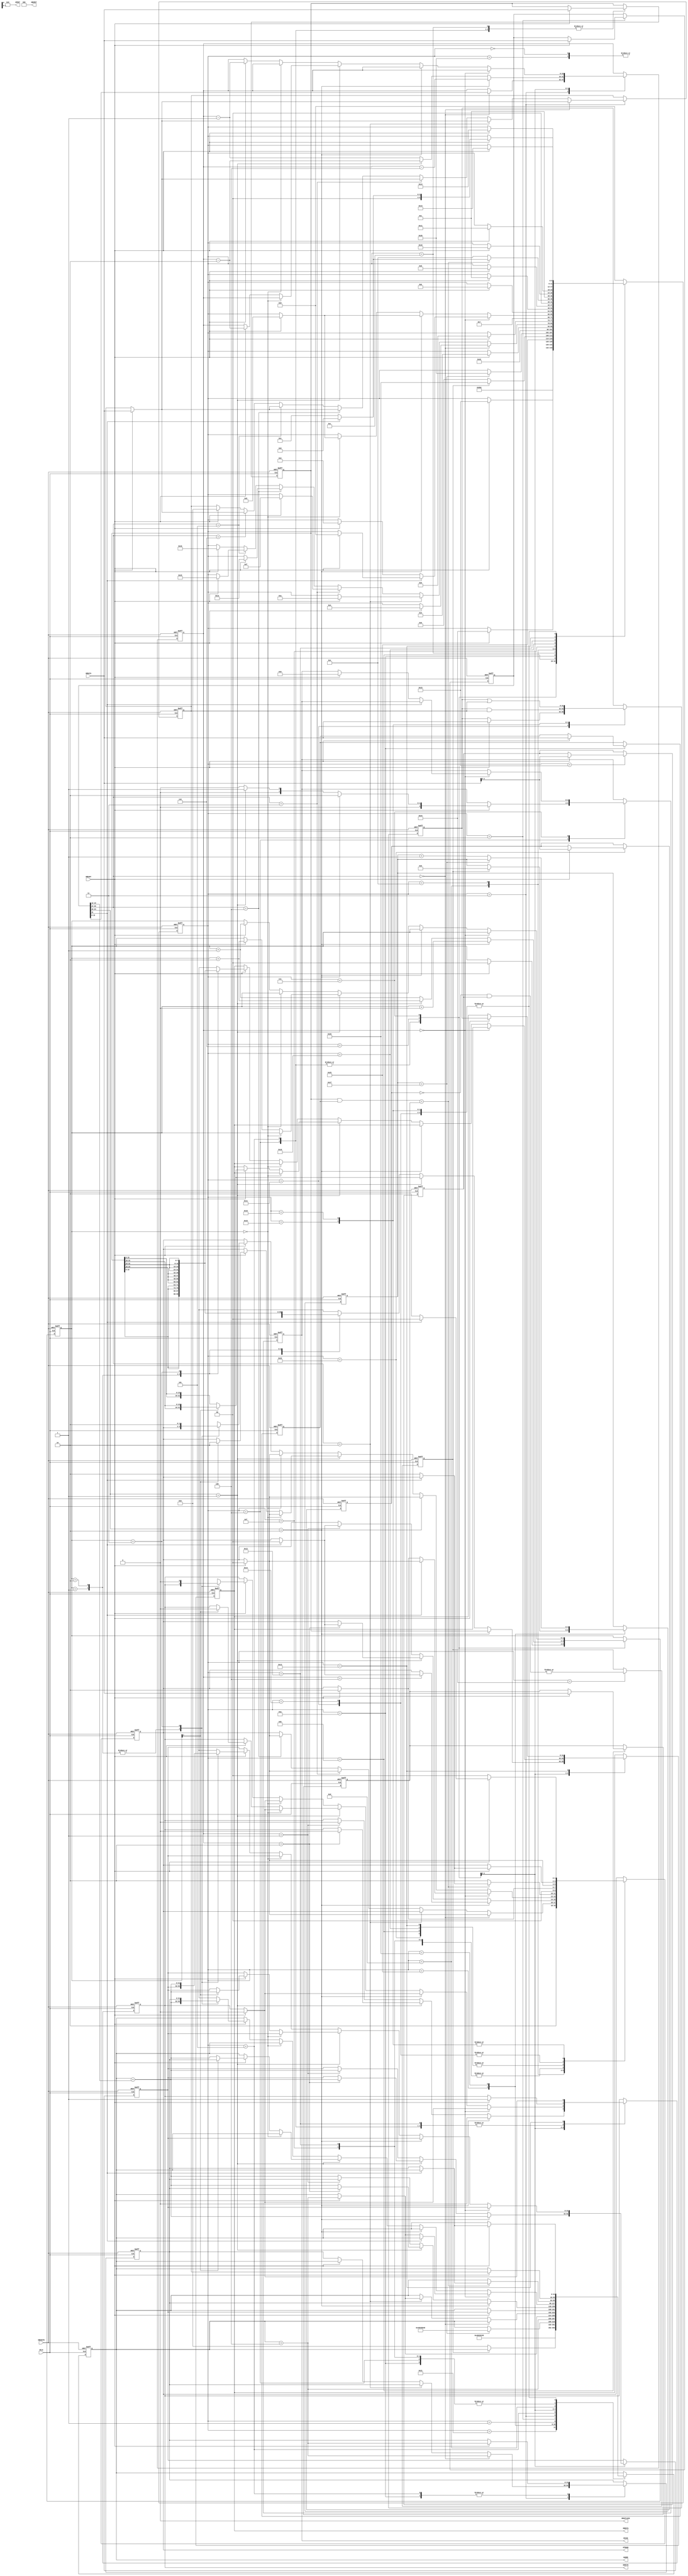
// ***********************************************************************/
// Microsemi Corporation Proprietary and Confidential
// Copyright 2013 Microsemi Corporation.  All rights reserved.
//
// ANY USE OR REDISTRIBUTION IN PART OR IN WHOLE MUST BE HANDLED IN
// ACCORDANCE WITH THE ACTEL LICENSE AGREEMENT AND MUST BE APPROVED
// IN ADVANCE IN WRITING.
//
// Description:	Control state machine for mastering peripheral
//              configuration from fabric.
//              AHB-Lite master used to read config instructions/data
//              (typically from eNVM) and write the data to peripherals
//              via FIC_0 -> MSS -> FIC_2.
//
//
// SVN Revision Information:
// SVN $Revision: 22399 $
// SVN $Date: 2014-04-19 21:44:50 +0100 (Sat, 19 Apr 2014) $
//
// Notes:
//
// ***********************************************************************/

module CoreConfigMaster (
    input                   HCLK,
    input                   HRESETN,
    // AHB-Lite master interface
    output  reg     [31:0]  HADDR,
    output  reg      [2:0]  HSIZE,
    output  reg      [1:0]  HTRANS,
    output  reg             HWRITE,
    output  reg     [31:0]  HWDATA,
    output  wire            HMASTLOCK,
    output  wire     [2:0]  HBURST,
    output  wire     [3:0]  HPROT,
    input                   HREADY,
    input           [31:0]  HRDATA
    );

    parameter DATA_LOCATION = 0;

    parameter ADDR_SYSREG_SOFT_RESET = 32'h40038048;
    parameter ADDR_SYSREG_ENVM_BUSY  = 32'h40038158;

    // State names
    parameter S0  =  0;
    parameter S1  =  1;
    parameter S2  =  2;
    parameter S3  =  3;
    parameter S4  =  4;
    parameter S5  =  5;
    parameter S6  =  6;
    parameter S7  =  7;
    parameter S8  =  8;
    parameter S9  =  9;
    parameter S10 = 10;
    parameter S11 = 11;
    parameter S12 = 12;
    parameter S13 = 13;
    parameter S14 = 14;
    parameter S15 = 15;
    parameter S16 = 16;
    parameter S17 = 17;
    parameter S18 = 18;
    parameter S19 = 19;
    parameter S20 = 20;
    parameter S21 = 21;
    parameter S22 = 22;

    parameter P0  = 32;
    parameter P1  = 33;
    parameter P2  = 34;
    parameter P3  = 35;
    parameter P4  = 36;
    parameter P5  = 37;
    parameter P6  = 38;


    // Operation codes
    parameter [6:0] OP_COPY     = 7'b0000000;
    //                            7'b0000001;
    parameter [6:0] OP_POLL     = 7'b0000010;
    parameter [6:0] OP_LOAD     = 7'b0000011;
    parameter [6:0] OP_STORE    = 7'b0000100;
    parameter [6:0] OP_AND      = 7'b0000101;
    parameter [6:0] OP_OR       = 7'b0000110;


    reg [5:0]   state;
    reg [31:0]  haddr_fetch;
    reg [31:0]  haddr_write;
    reg [31:0]  ins1;
    reg [31:0]  ins2;
    reg         last;
    reg [6:0]   opcode;
    reg [3:0]   size;
    reg [3:0]   addrinc;
    reg [15:0]  numbytes;
    reg [31:0]  addr;
    reg [31:0]  rdata;
    reg [15:0]  bytecount;
    reg [1:0]   count;
    reg [31:0]  mask;
    reg [31:0]  expected;
    reg [1:0]   envm_soft_reset;
    reg [1:0]   envm_busy;
    reg         busy;
    reg [4:0]   pause_count;
    reg [31:0]  acc;

    reg [5:0]   d_state;
    reg [31:0]  d_HADDR;
    reg [31:0]  d_haddr_fetch;
    reg [31:0]  d_haddr_write;
    reg [2:0]   d_HSIZE;
    reg [1:0]   d_HTRANS;
    reg         d_HWRITE;
    reg [31:0]  d_HWDATA;
    reg [31:0]  d_ins1;
    reg [31:0]  d_ins2;
    reg [31:0]  d_rdata;
    reg [15:0]  d_bytecount;
    reg [1:0]   d_count;
    reg [31:0]  d_mask;
    reg [31:0]  d_expected;
    reg [1:0]   d_envm_soft_reset;
    reg [1:0]   d_envm_busy;
    reg         d_busy;
    reg [4:0]   d_pause_count;
    reg [31:0]  d_acc;

    //---------------------------------------------------------------------
    // Signal tie-offs
    //---------------------------------------------------------------------
    assign HMASTLOCK = 1'b0;
    assign HBURST    = 3'b0;
    assign HPROT     = 4'b0;

    //---------------------------------------------------------------------
    // Main state machine
    //---------------------------------------------------------------------
    always @(*)
    begin
        d_state = state;
        d_HADDR = HADDR;
        d_haddr_fetch = haddr_fetch;
        d_haddr_write = haddr_write;
        d_HSIZE = HSIZE;
        d_HTRANS = HTRANS;
        d_HWRITE = HWRITE;
        d_HWDATA = HWDATA;
        d_ins1 = ins1;
        d_ins2 = ins2;
        d_bytecount = bytecount;
        d_count = count;
        d_rdata = rdata;
        d_mask = mask;
        d_expected = expected;
        d_envm_soft_reset = envm_soft_reset;
        d_envm_busy = envm_busy;
        d_busy = busy;
        d_pause_count = pause_count;
        d_acc = acc;
        case (state)
            //-------------------------------------------------------------
            // First check that eNVM is ready to be read (i.e. not busy)
            //-------------------------------------------------------------
            P0:
            begin
                d_state = P1;
                d_HTRANS = 2'b10;
            end
            P1:
            begin
                d_HADDR = ADDR_SYSREG_ENVM_BUSY;
                d_state = P2;
            end
            P2:
            begin
                if (HREADY)
                begin
                    d_envm_soft_reset = HRDATA[1:0];
                    d_HTRANS = 2'b00;
                    d_state = P3;
                end
            end
            P3:
            begin
                if (HREADY)
                begin
                    d_envm_busy = HRDATA[1:0];
                    d_state = P4;
                end
            end
            P4:
            begin
                // envm_soft_reset bits are high if eNVM is being held in reset
                // envm_busy bits are high if eNVM is busy
                d_busy = |(~envm_soft_reset & envm_busy);
                d_state = P5;
            end
            P5:
            begin
                if (busy)
                begin
                    d_pause_count = 5'b00000;
                    d_state = P6;
                end
                else
                begin
                    d_HADDR = DATA_LOCATION;
                    d_state = S0;
                end
            end
            P6:
            begin
                if (pause_count == 5'b11111)
                begin
                    d_HADDR = ADDR_SYSREG_SOFT_RESET;
                    d_state = P0;
                end
                else
                begin
                    d_pause_count = pause_count + 1'b1;
                end
            end
            //-------------------------------------------------------------
            // Start reading from eNVM
            //-------------------------------------------------------------
            S0:
            begin
                d_state = S1;
                d_HTRANS = 2'b10;
            end
            S1:
            begin
                d_HADDR = HADDR + 4;
                d_state = S2;
            end
            S2:
            begin
                if (HREADY)
                begin
                    d_ins1 = HRDATA;
                    d_HADDR = HADDR + 4;
                    d_state = S3;
                end
            end
            S3:
            begin
                if (opcode == OP_COPY)
                begin
                    d_bytecount = numbytes;
                    d_haddr_fetch = HADDR + 4;
                    if (HREADY)
                    begin
                        d_ins2 = HRDATA;
                        d_HTRANS = 2'b00;
                        d_state = S4;
                    end
                end
                else if (opcode == OP_POLL) // poll
                begin
                    if (HREADY)
                    begin
                        d_ins2 = HRDATA;
                        d_HADDR = HADDR + 4;
                        d_state = S10;
                    end
                end
                else if (opcode == OP_LOAD) // load
                begin
                    if (HREADY)
                    begin
                        d_ins2 = HRDATA;
                        d_haddr_fetch = HADDR;
                        d_HTRANS = 2'b00;
                        d_state = S15;
                    end
                end
                else if (opcode == OP_STORE) // store
                begin
                    if (HREADY)
                    begin
                        d_ins2 = HRDATA;
                        d_haddr_fetch = HADDR;
                        d_HTRANS = 2'b00;
                        d_state = S18;
                    end
                end
                else if (opcode == OP_AND) // AND
                begin
                    if (HREADY)
                    begin
                        d_ins2 = HRDATA;
                        d_haddr_fetch = HADDR;
                        d_state = S21;
                    end
                end
                else if (opcode == OP_OR) // OR
                begin
                    if (HREADY)
                    begin
                        d_ins2 = HRDATA;
                        d_haddr_fetch = HADDR;
                        d_state = S22;
                    end
                end
                else // default to ORing acc with 0x00000000
                begin
                    if (HREADY)
                    begin
                        d_ins2 = 32'b0;
                        d_haddr_fetch = HADDR;
                        d_state = S22;
                    end
                end
            end
            //-------------------------------------------------------------
            // Copy
            //-------------------------------------------------------------
            S4:
            begin
                if (HREADY)
                begin
                    d_rdata = HRDATA;
                    d_HADDR = addr;
                    d_HTRANS = 2'b10;
                    d_HWRITE = 1'b1;
                    d_state = S6;
                    d_count = 2'b00;

                    if (size == 4'b0010)        // word
                    begin
                        d_HSIZE = 3'b010;
                    end
                    else if (size == 4'b0001)   // halfword
                    begin
                        d_HSIZE = 3'b001;
                    end
                    else                        // byte
                    begin
                        d_HSIZE = 3'b000;
                    end
                end
            end
            S5:
            begin
                if (HREADY)
                begin
                    d_rdata = HRDATA;
                    d_haddr_fetch = HADDR + 4;
                    d_HADDR = haddr_write;
                    d_HTRANS = 2'b10;
                    d_HWRITE = 1'b1;
                    d_state = S6;
                    d_count = 2'b00;
                end
            end
            S6:
            begin
                d_HADDR = HADDR + addrinc;
                d_state = S7;
                if (size == 4'b0010)        // word
                begin
                    d_bytecount = bytecount - 4;
                    d_count = count + 4;
                    d_HWDATA = rdata;
                    d_haddr_write = HADDR + addrinc;
                    d_HADDR = haddr_fetch;
                    d_HWRITE = 1'b0;
                    // Detect if there's only one write left to perform
                    if (bytecount == 4)
                    begin
                        if (last)
                        begin
                            d_HTRANS = 2'b00;
                        end
                    end
                end
                else if (size == 4'b0001)   // halfword
                begin
                    d_bytecount = bytecount - 2;
                    d_count = count + 2;
                    if (count[1])
                    begin
                        d_HWDATA = {rdata[31:16], rdata[31:16]};
                    end
                    else
                    begin
                        d_HWDATA = {rdata[15:0], rdata[15:0]};
                    end
                    // Detect if there's only one write left to perform
                    if (bytecount == 2)
                    begin
                        d_haddr_write = HADDR + addrinc;
                        d_HADDR = haddr_fetch;
                        d_HWRITE = 1'b0;
                        if (last)
                        begin
                            d_HTRANS = 2'b00;
                        end
                    end
                end
                else                        // byte
                begin
                    d_bytecount = bytecount - 1;
                    d_count = count + 1;
                    case (count[1:0])
                        2'b00: d_HWDATA = {rdata[ 7: 0],rdata[ 7: 0],rdata[ 7: 0],rdata[ 7: 0]};
                        2'b01: d_HWDATA = {rdata[15: 8],rdata[15: 8],rdata[15: 8],rdata[15: 8]};
                        2'b10: d_HWDATA = {rdata[23:16],rdata[23:16],rdata[23:16],rdata[23:16]};
                        2'b11: d_HWDATA = {rdata[31:24],rdata[31:24],rdata[31:24],rdata[31:24]};
                        default: d_HWDATA = rdata;
                    endcase
                    // Detect if there's only one write left to perform
                    if (bytecount == 1)
                    begin
                        d_haddr_write = HADDR + addrinc;
                        d_HADDR = haddr_fetch;
                        d_HWRITE = 1'b0;
                        if (last)
                        begin
                            d_HTRANS = 2'b00;
                        end
                    end
                end
            end
            S7:
            begin
                if (bytecount == 0)
                begin
                    if (last)
                    begin
                        if (HREADY)
                        begin
                            d_HWRITE = 1'b0;
                            d_HTRANS = 2'b00;
                            d_state = S9;
                        end
                    end
                    else // get next record
                    begin
                        if (HREADY)
                        begin
                            d_HADDR = HADDR + 4;
                            d_HSIZE = 3'b010;
                            d_HWRITE = 1'b0;
                            d_HTRANS = 2'b10;
                            d_state = S2;
                        end
                    end
                end
                else
                begin
                    if (size == 4'b0010)
                    begin
                        if (HREADY)
                        begin
                            d_state = S5;
                            d_HWRITE = 1'b0;
                            d_HTRANS = 2'b00;
                        end
                    end
                    else if (size == 4'b0001)
                    begin
                        if (count == 2'b00)
                        begin
                            if (HREADY)
                            begin
                                d_HWRITE = 1'b0;
                                d_HTRANS = 2'b00;
                                d_state = S5;
                            end
                        end
                        else
                        begin
                            if (HREADY)
                            begin
                                d_HADDR = HADDR + addrinc;
                                d_count = count + 2;
                                d_bytecount = bytecount - 2;
                                if (count[1])
                                begin
                                    d_HWDATA = {rdata[31:16], rdata[31:16]};
                                    d_haddr_write = HADDR + addrinc;
                                    d_HADDR = haddr_fetch;
                                    d_HWRITE = 1'b0;
                                    d_HTRANS = 2'b10;
                                end
                                else
                                begin
                                    d_HWDATA = {rdata[15:0], rdata[15:0]};
                                end
                            end
                        end
                    end
                    else
                    begin
                        if (count == 2'b00)
                        begin
                            if (HREADY)
                            begin
                                d_HWRITE = 1'b0;
                                d_HTRANS = 2'b00;
                                d_state = S5;
                            end
                        end
                        else
                        begin
                            if (HREADY)
                            begin
                                d_HADDR = HADDR + addrinc;
                                d_count = count + 1;
                                d_bytecount = bytecount - 1;
                                case (count[1:0])
                                    2'b00: d_HWDATA = {rdata[ 7: 0],rdata[ 7: 0],rdata[ 7: 0],rdata[ 7: 0]};
                                    2'b01: d_HWDATA = {rdata[15: 8],rdata[15: 8],rdata[15: 8],rdata[15: 8]};
                                    2'b10: d_HWDATA = {rdata[23:16],rdata[23:16],rdata[23:16],rdata[23:16]};
                                    2'b11: begin
                                                d_HWDATA = {rdata[31:24],rdata[31:24],rdata[31:24],rdata[31:24]};
                                                d_haddr_write = HADDR + addrinc;
                                                d_HADDR = haddr_fetch;
                                                d_HWRITE = 1'b0;
                                                d_HTRANS = 2'b10;
                                           end
                                    default: d_HWDATA = rdata;
                                endcase
                            end
                        end
                    end
                end
            end
            //-------------------------------------------------------------
            // Finish
            //-------------------------------------------------------------
            S9:
            begin
                d_state = S9;
            end
            //-------------------------------------------------------------
            // Poll
            //-------------------------------------------------------------
            S10:
            begin
                if (HREADY)
                begin
                    d_mask = HRDATA;
                    d_HADDR = addr;
                    d_haddr_fetch = HADDR + 4;
                    d_state = S11;
                end
            end
            S11:
            begin
                if (HREADY)
                begin
                    d_expected = HRDATA;
                    d_HTRANS = 2'b00;
                    d_state = S12;
                end
            end
            S12:
            begin
                if (HREADY)
                begin
                    d_rdata = HRDATA;
                    d_state = S13;
                end
            end
            S13:
            begin
                if ((rdata & mask) == expected)
                begin
                    if (last)
                    begin
                        d_state = S9;
                    end
                    else // get next instruction
                    begin
                        d_HADDR = haddr_fetch;
                        d_HTRANS = 2'b10;
                        d_state = S1;
                    end
                end
                else // poll again
                begin
                    d_HTRANS = 2'b10;
                    d_state = S14;
                end
            end
            S14:
            begin
                d_HTRANS = 2'b00;
                d_state = S12;
            end
            //-------------------------------------------------------------
            // Load
            //-------------------------------------------------------------
            S15:
            begin
                if (HREADY)
                begin
                    d_HADDR = addr;
                    d_HTRANS = 2'b10;
                    d_state = S16;
                end
            end
            S16:
            begin
                if (HREADY)
                begin
                    d_HTRANS = 2'b00;
                    d_state = S17;
                end
            end
            S17:
            begin
                if (HREADY)
                begin
                    d_acc = HRDATA;
                    if (last)
                    begin
                        d_state = S9;
                    end
                    else // get next instruction
                    begin
                        d_HADDR = haddr_fetch;
                        d_HTRANS = 2'b10;
                        d_state = S1;
                    end
                end
            end
            //-------------------------------------------------------------
            // Store
            //-------------------------------------------------------------
            S18:
            begin
                if (HREADY)
                begin
                    d_HADDR = addr;
                    d_HTRANS = 2'b10;
                    d_HWRITE = 1'b1;
                    d_state = S19;
                end
            end
            S19:
            begin
                if (HREADY)
                begin
                    d_HWDATA = acc;
                    d_HTRANS = 2'b00;
                    d_HWRITE = 1'b0;
                    d_state = S20;
                end
            end
            S20:
            begin
                if (HREADY)
                begin
                    if (last)
                    begin
                        d_state = S9;
                    end
                    else // get next instruction
                    begin
                        d_HADDR = haddr_fetch;
                        d_HTRANS = 2'b10;
                        d_state = S1;
                    end
                end
            end
            //-------------------------------------------------------------
            // AND
            //-------------------------------------------------------------
            S21:
            begin
                d_HTRANS = 2'b00;
                d_acc = acc & ins2;
                if (HREADY)
                begin
                    if (last)
                    begin
                        d_state = S9;
                    end
                    else // get next instruction
                    begin
                        d_HADDR = haddr_fetch;
                        d_HTRANS = 2'b10;
                        d_state = S1;
                    end
                end
            end
            //-------------------------------------------------------------
            // OR
            //-------------------------------------------------------------
            S22:
            begin
                d_HTRANS = 2'b00;
                d_acc = acc | ins2;
                if (HREADY)
                begin
                    if (last)
                    begin
                        d_state = S9;
                    end
                    else // get next instruction
                    begin
                        d_HADDR = haddr_fetch;
                        d_HTRANS = 2'b10;
                        d_state = S1;
                    end
                end
            end
            default:
            begin
                d_state = S9;
            end
        endcase
    end

    // Synchronous part of state machine
    always @(posedge HCLK or negedge HRESETN)
    begin
        if (!HRESETN)
        begin
            state           <= P0;
            HADDR           <= ADDR_SYSREG_SOFT_RESET;
            haddr_fetch     <= 32'b0;
            haddr_write     <= 32'b0;
            HSIZE           <= 3'b010;      // word
            HTRANS          <= 2'b00;
            HWRITE          <= 1'b0;
            HWDATA          <= 32'b0;
            ins1            <= 32'b0;
            ins2            <= 32'b0;
            rdata           <= 32'b0;
            bytecount       <= 16'b0;
            count           <= 2'b0;
            mask            <= 32'b0;
            expected        <= 32'b0;
            envm_soft_reset <= 2'b0;
            envm_busy       <= 2'b0;
            busy            <= 1'b0;
            pause_count     <= 5'b0;
            acc             <= 32'b0;
        end
        else
        begin
            state           <= d_state;
            HADDR           <= d_HADDR;
            haddr_fetch     <= d_haddr_fetch;
            haddr_write     <= d_haddr_write;
            HSIZE           <= d_HSIZE;
            HTRANS          <= d_HTRANS;
            HWRITE          <= d_HWRITE;
            HWDATA          <= d_HWDATA;
            ins1            <= d_ins1;
            ins2            <= d_ins2;
            rdata           <= d_rdata;
            bytecount       <= d_bytecount;
            count           <= d_count;
            mask            <= d_mask;
            expected        <= d_expected;
            envm_soft_reset <= d_envm_soft_reset;
            envm_busy       <= d_envm_busy;
            busy            <= d_busy;
            pause_count     <= d_pause_count;
            acc             <= d_acc;
        end
    end

    always @(*)
    begin
        last     = ins1[31];
        opcode   = ins1[30:24];
        size     = ins1[23:20];
        addrinc  = ins1[19:16];
        numbytes = ins1[15: 0];
        addr     = ins2;
    end

endmodule